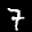
Label: 7